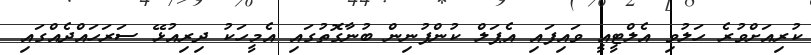
ކުރިއަށްވުރެ ހަލުވި އެލްޓީއީ ވައިފައި އެޕަލް ކުންފުނިން ބުނާގޮތުގައި އެމީހަކު ދިރިއުޅޭ ސަރަހައްދެއްގައި